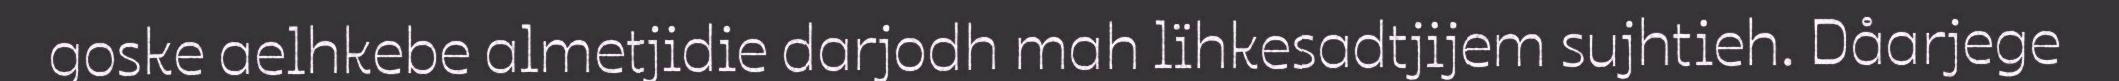
goske aelhkebe almetjidie darjodh mah lïhkesadtjijem sujhtieh. Dåarjege